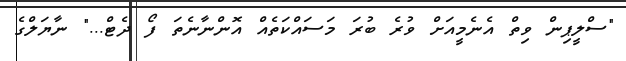
"ސްލީޕިން ވިތް އެނެމީއަށް ވުރެ ބުރަ މަސައްކަތެއް އޮންނާނެތަ ފޯ ދެޓް..." ނާޔަލްގެ